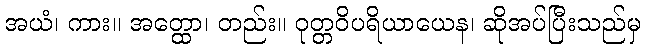
အယံ၊ ကား။ အတ္ထော၊ တည်း။ ဝုတ္တဝိပရိယာယေန၊ ဆိုအပ်ပြီးသည်မှ